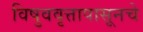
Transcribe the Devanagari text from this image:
विषुववृत्तापासूनचे